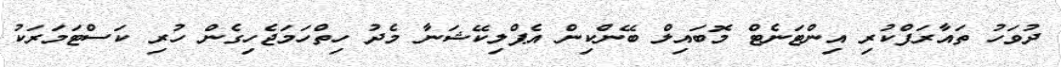
ދުވަހު ތައާރަފްކުރި އިންޓަނެޓް މޮބައިލް ބޭންކިން އެޕްލިކޭޝަނާ މެދު ހިތްހަމަޖެހިގެން ހުރި ކަސްޓަމަރަކު